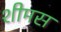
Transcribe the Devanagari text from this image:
शीमस